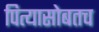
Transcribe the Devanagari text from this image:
पित्यासोबतच